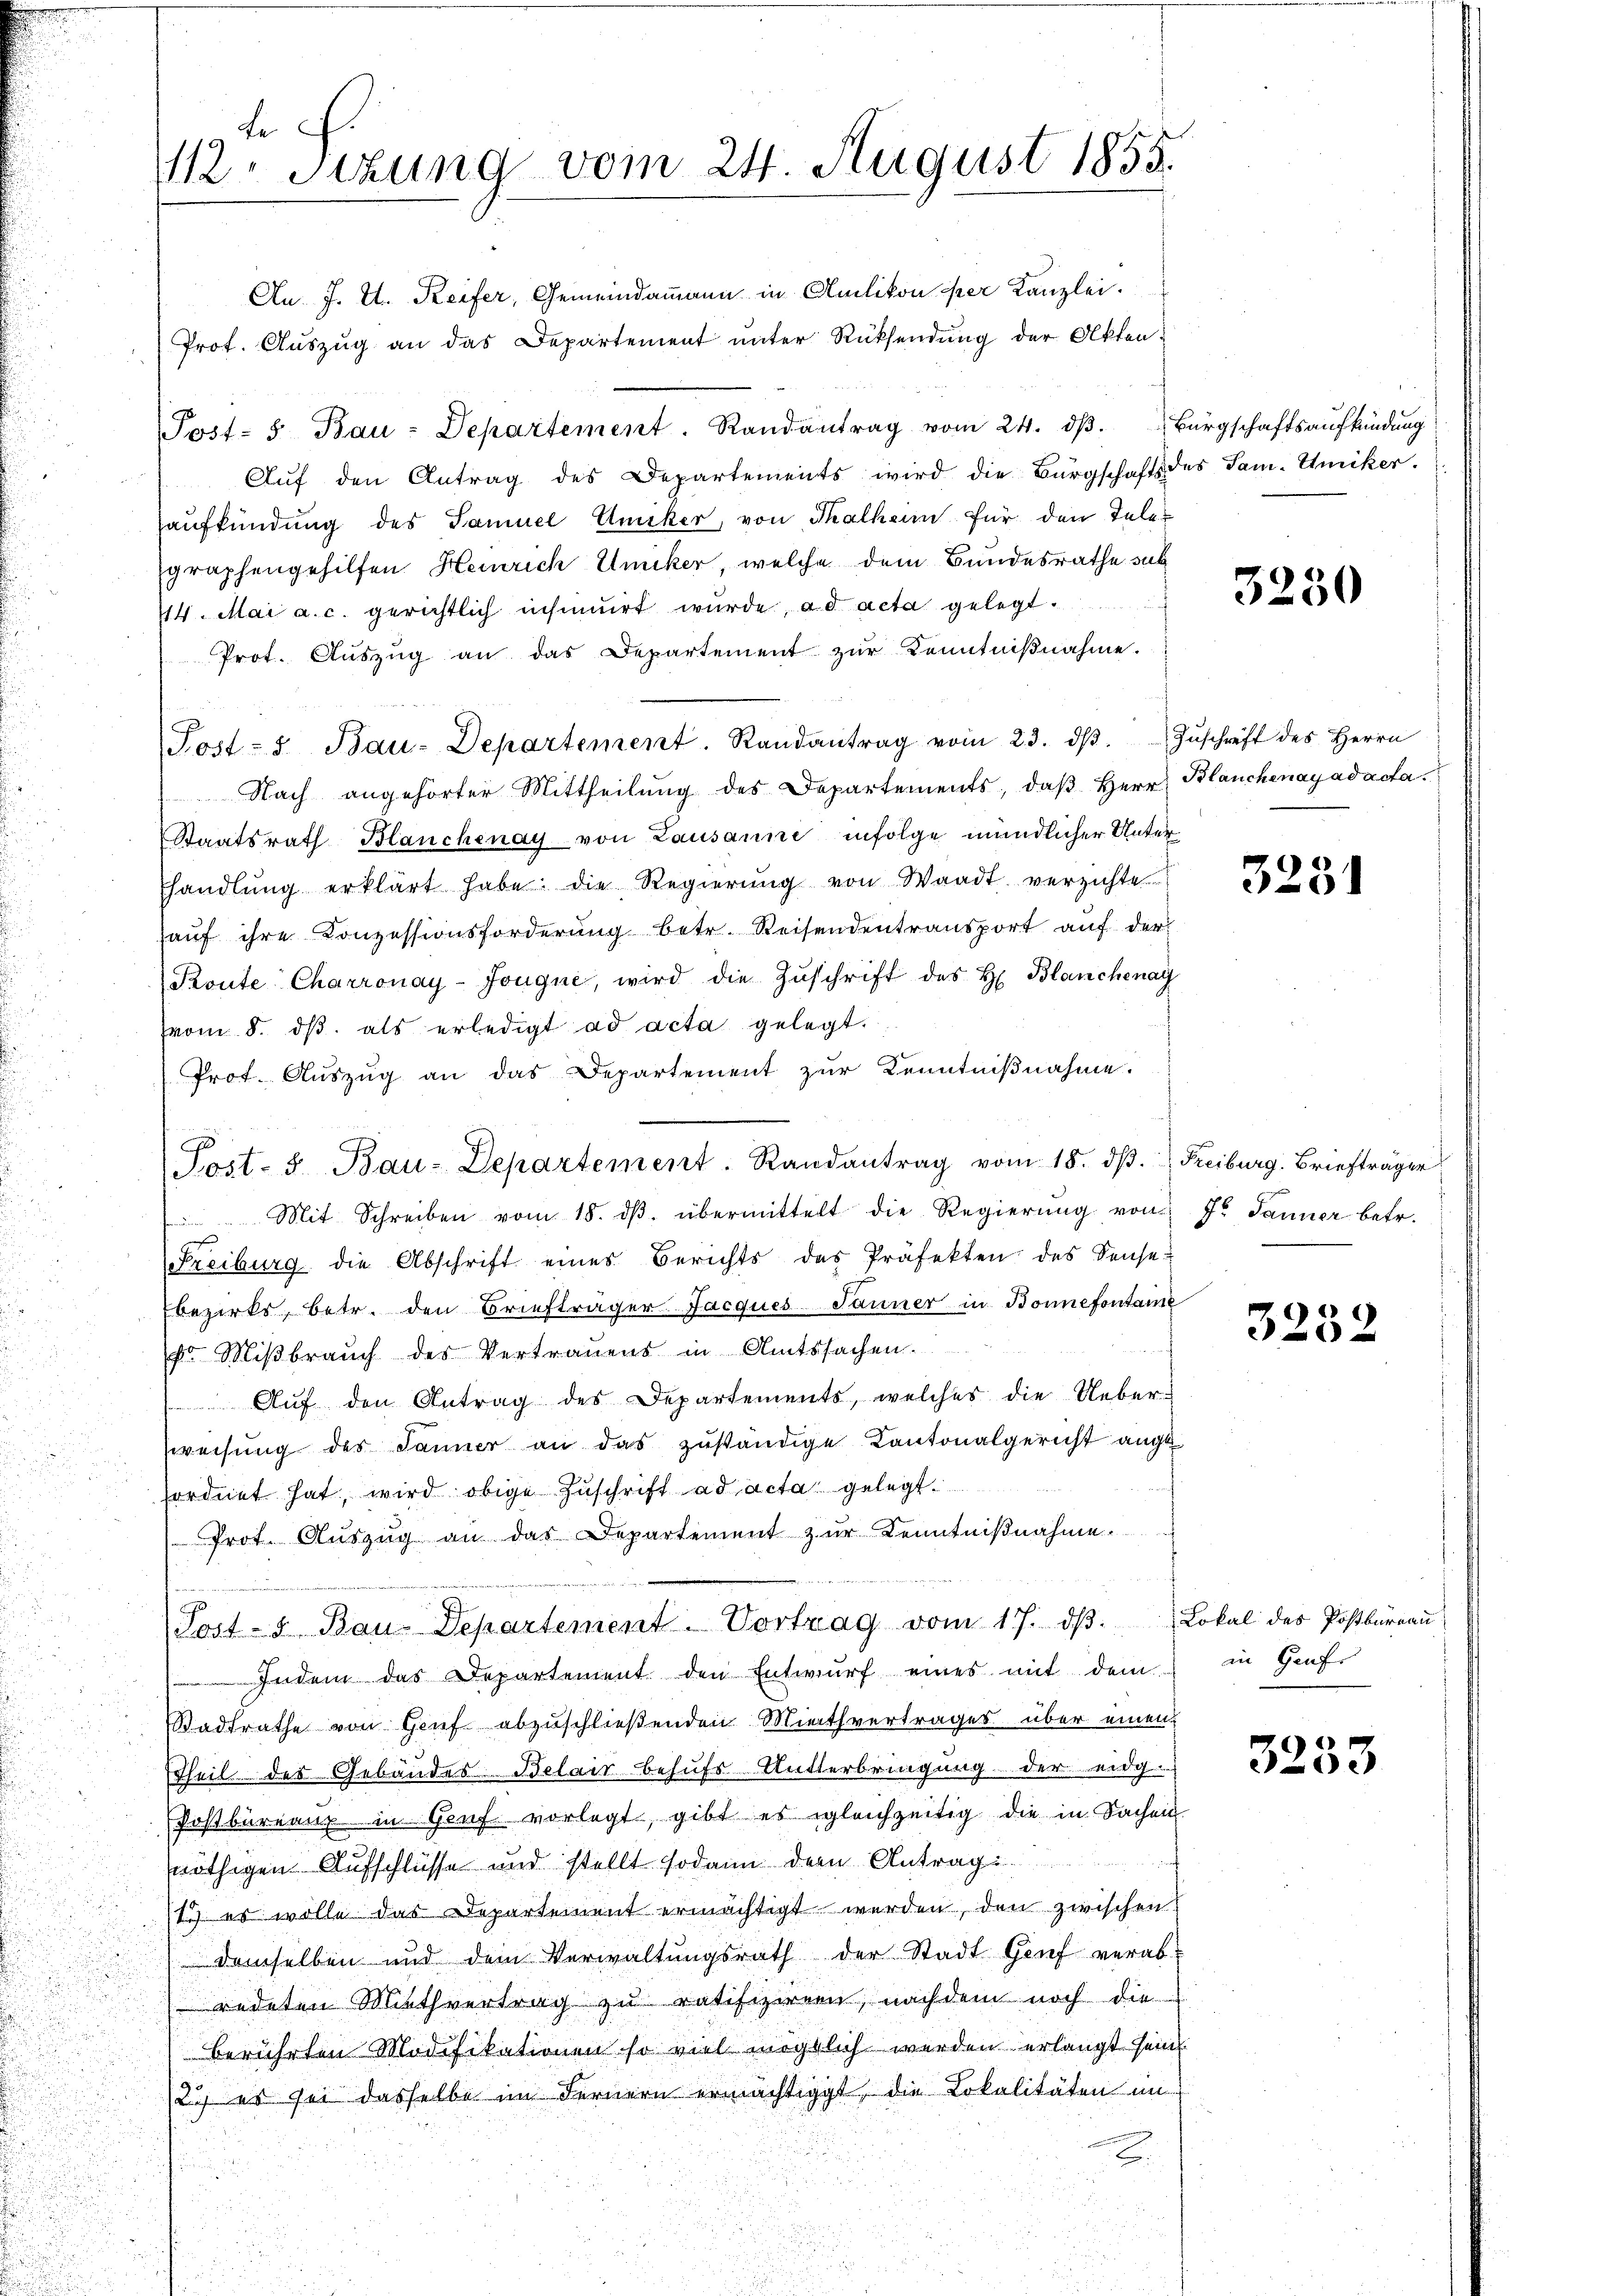
d F.
112. Sizung vom 24. August 1855.

2

An. J. U. Reifer, Gemeindammann in Amlikon der Kanzlei.
Prot. Auszug an das Departement unter Rücksendung der Akten:
Post- 5. Bau-Departement. Randantrag vom 24. dβ. Bürgschaftsaufkündung
Aŭf den Antrag des Departements wird die Bürgschafts des Sam- Umiker.
aufkündung des Samuel Aniker, von Thalhein für den Telegraphengehilfen Heinrich Uniker, welche dem Bundesrathe sub
14. Mai a. c. gerichtlich insinuirt wurde, ad acta gelegt.
Prot. Aŭszŭg an das Departement zur Kenntniβnahme.
Post- u. Bau-Departement. Randantrag vom 23. dβ. Zŭschrift des Herrn
Nach angehörter Mittheilŭng des Departements, daβ Herr Blanchenay ad acta.
Staatsrath Blanchenay von Lausanne infolge mündlicher Unter
Thandlŭng erklärt habe, die Regierŭng von Waadt verzichte
haŭf ihre Konzessionsforderŭng betr. Reisendentransport auf der
Koute Charronay-Jougue, wird die Zuschrift des H. Blanchenay
(vom 8. dβ als erledigt ad acta gelegt.
Prof. Auszug an das Departement zur Kenntnißnahme.
Sost- 5. Bau-Departement. Randantrag vom 18. dβ. Freiburg. Briefträger
Mit Schreiben vom 18. dβ übermittelt die Regierŭng von Fr. Janner betr.
tenann
Freiburg die Abschrift eines Berichts des Präfekten des Sense
Ebezirks, betr. den Briefträger Jacques Tanner in Bonnefontaine
r Mißbrauch des Vertrauens in Amtssachen.
Aŭf den Antrag des Departements, welches die Ueber-
weisŭng des Jäner an das zŭständige Kantonalgericht ange
ordnet hat, wird obige Zŭschrift ad acta gelegt.
Prot. Aŭszŭg an das Departement zŭr Kenntniβnahme.
Post- u Bau-Departement. Vortrag vom 17. dβ. Lokal des Postbüreaŭ
Indem das Departement den Entwurf eines mit dem
Stadtrathe von Genf abzuschließenden Miethvertrages über einen
Theil der Gebäudes Belais behufs Unterbringung der eidg-
Postbureau in Genf vorlegt, gibt es gleichzeitig die in Sachen.
nöthigen Aufschlüsse und stellt sodann dem Anträgi¬
13) es wolle das Departement ermächtigt werden, den zwischen
demselben und dem Verwaltŭngsrath der Stadt Genf verabredeten Miethvertrag zu ratifizirern, nachdem noch die
berührten Modifikationen so viel möglich werden erlangt sein
2) es sei dasselbe im Fernern ermächtigt, die Lokalitäten im

3250

3231

3252

in Genf.

3233